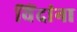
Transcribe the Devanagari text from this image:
विंदांना